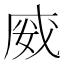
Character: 𭑿